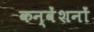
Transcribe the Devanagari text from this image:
कन्वेंशनों